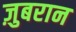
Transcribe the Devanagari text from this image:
ज़ुबरान